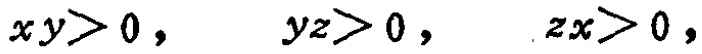
\(xy>0, \ \ yz>0, \ \ zx>0\)